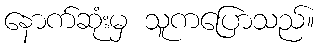
နောက်ဆုံးမှ သူကပြောသည်။